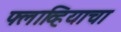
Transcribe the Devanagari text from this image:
फ्लाव्हियाचा